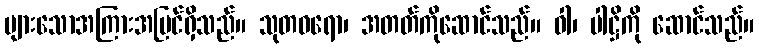
များသောအကြားအမြင်ရှိသည်။ သုတဓရော၊ အတတ်ကိုဆောင်သည်။ ဝါ၊ ပါဋ္ဌိကို ဆောင်သည်။